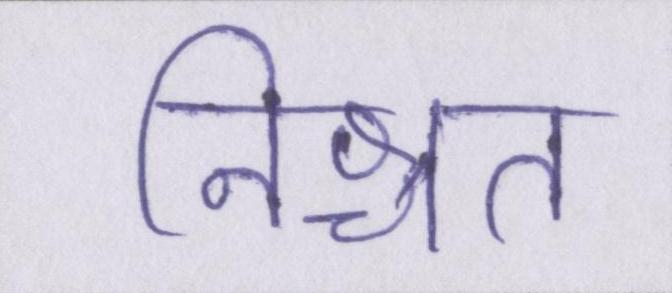
निश्चत